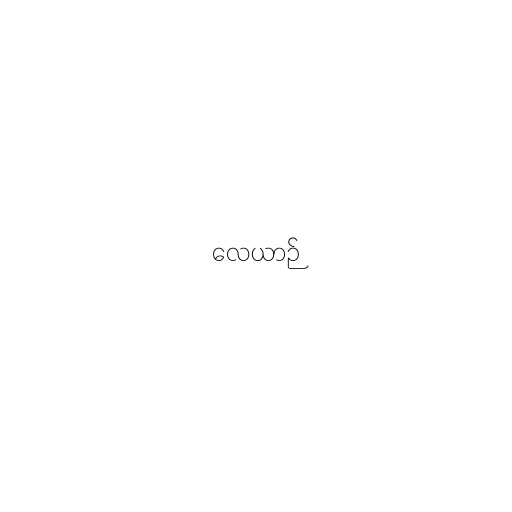
လေယာဉ်